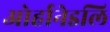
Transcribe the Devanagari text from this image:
ओर्हानेइलि